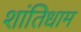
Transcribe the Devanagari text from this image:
शांतिधाम